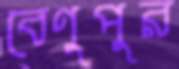
বেণুপুর